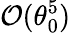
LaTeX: \mathcal{O}(\theta_{0}^{5})